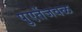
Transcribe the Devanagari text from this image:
पुएर्तेजवळ